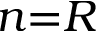
n { = } R